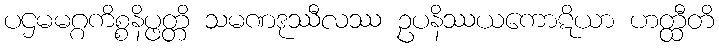
ပဌမမဂ္ဂကိစ္စနိပ္ဖတ္တိ သမဏဒုဿီလဿ ဥပနိဿယကောဋိယာ ဟတ္ထီတိ